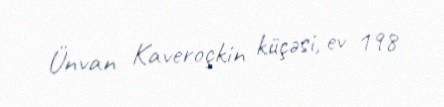
Ünvan Kaveroçkin küçəsi, ev 198